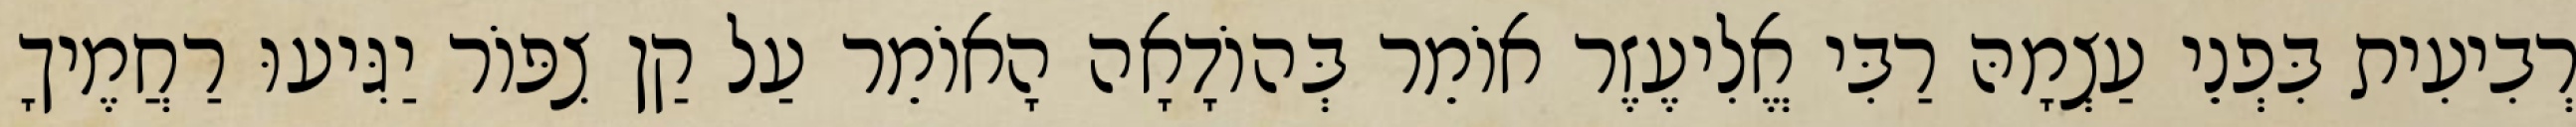
רְבִיעִית בִּפְנֵי עַצְמָהּ רַבִּי אֱלִיעֶזֶר אוֹמֵר בְּהוֹדָאָה הָאוֹמֵר עַל קַן צִפּוֹר יַגִּיעוּ רַחֲמֶיךָ